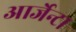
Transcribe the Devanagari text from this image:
आर्जेन्टा